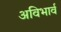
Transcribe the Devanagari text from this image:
अविभार्व